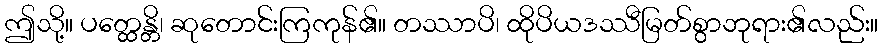
ဤသို့။ ပတ္ထေန္တိ၊ ဆုတောင်းကြကုန်၏။ တဿာပိ၊ ထိုပိယဒဿီမြတ်စွာဘုရား၏လည်း။